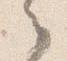
之